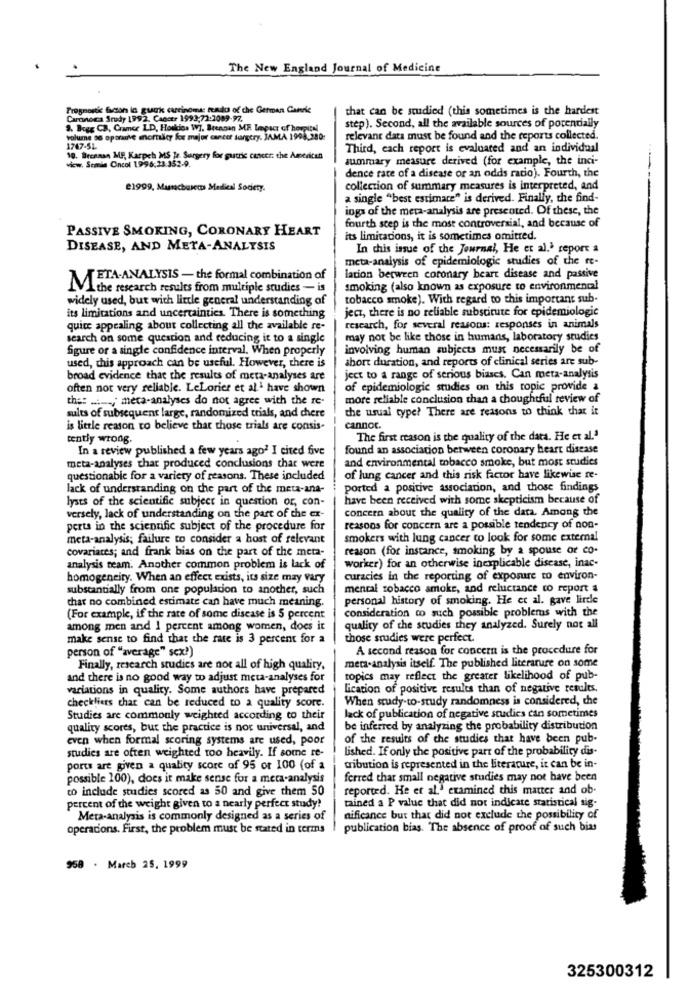
The New England Journal of Medicine
Prognostic facton lc guck carcinoma tailu of the German Canere
that can be studied (this sometimes is the hardest
Caronoca Study 1992. Cancer 1993;72:3089-97.
9. Bigg CB, Cramer LD, Hoskins W]. Brennan ME. Impact of hospital
step). Second, all the available sources of porendally
volume se optranve mortalcy los mejor cancer surgery. JAMA 1994.280-
relevant data must be found and the reports collected.
1767-52
Third, cach report is evaluated and an individual
10. Brennan MP, Karpch MS ]r. Surgery for gutric cancer: the American
summary measure derived (for example, the inci-
-
view. Semin Oncol 1996:23:352.9.
dence rate of a discate or an odds ratio). Fourth, the
21999, Massachusetts Medical Society.
collection of summary measures is interpreted, and
a single "best estimate" is derived. Finally, the find-
ings of the meta-analysis are presented. Of these, the
fourth step is the most controversial, and because of
PASSIVE SMOKING, CORONARY HEART
its limitations, it is sometimes omitted.
DISEASE, AND META-ANALYSIS
In this issue of the Journal, He et al.' report a
meta-analysis of epidemiologic studies of the re-
META-ANALYSIS - the formal combination of
lation between coronary heart disease and passive
VI the research results from multiple studies - is
smoking (also known as exposure to environmental
widely used, but with little general understanding of
tobacco smoke). With regard to this important sub-
its limitations and uncertainties. There is something
ject, there is no reliable substitute for epidemiologic
quite appealing about collecting all the available re-
research, for several reasons: responses in animals
search on some question and reducing it to a single
may not be like those in humans, laboratory studies
figure or a single confidence interval. When properly
involving human subjects must necessarily be of
used, this approach can be useful. However, there is
short duration, and reports of clinical series are sub-
broad evidence that the results of meta-analyses are
ject to a range of serious biases. Can meta-analysis
often not very reliable. LeLorier et al. have shown
of epidemiologic studies on this topic provide a
the: ..... meca-analyses do not agree with the re-
more reliable conclusion than a thoughtful review of
sults of subsequent large, randomized trials, and chere
the usual type? There are reasons to think that it
is little reason to believe that those trials are consis-
cannot.
tently wrong.
The first reason is the quality of the data. He et al.ª
In a review published a few years ago? I cited five
found an association between coronary heart disease
and environmental tobacco smoke, but most studies
meta-analyses char produced conclusions that were
questionable for a variety of reasons. These included
of lung cancer and this risk factor have likewise re-
lack of understanding on the part of the meta-ana-
ported a positive association, and those findings
lysts of the scientific subject in question or, con-
have been received with some skepticism because of
concern about the quality of the data. Among the
versely, lack of understanding on the part of the ex-
perts in the scientific subject of the procedure for
reasons for concern are a possible tendency of non-
meta-analysis; failure to consider a host of relevant
smokers with lung cancer to look for some external
covariates; and frank bias on the part of the meta-
reason (for instance, smoking by a spouse of co.
analysis team. Another common problem is lack of
worker) for an otherwise inexplicable disease, inac-
homogeneity. When an effect exists, its size may vary
curacies in the reporting of exposure to environ-
substantially from one population to another, such
mental tobacco smoke, and reluctance to report a
chat no combined estimate can have much meaning.
personal history of smoking. He et al. gave lirde
consideration co such possible problems with the
(For example, if the rate of some disease is 5 percent
among men and 1 percent among women, does it
quality of the studies they analyzed. Surely not all
make sense to find that the rate is 3 percent for a
those studies were perfect.
A second reason for concern is the procedure for
person of "average" scx!)
meta-analysis itself. The published literature on some
Finally, research studies are not all of high quality,
and there is no good way to adjust meta-analyses for
topics may reflect the greater likelihood of pub-
variations in quality. Some authors have prepared
Lication of positive results than of negative results.
When study-to-study randomness is considered, the
checkfiers that can be reduced to a quality score.
Studies are commonly weighted according to their
lack of publication of negative studies can sometimes
quality scores, but the practice is not universal, and
be inferred by analyzing the probability distribution
even when formal scoring systems are used, poor
of the results of che studies that have been pub-
studies are often weighted too heavily. If some re-
lished. If only the positive part of the probability dis-
ports are given a quality score of 95 or 100 (of a
cibution is represented in the literature, it can be in-
possible 100), does it make sense for a meta-analysis
ferred thar small negative studies may not have been
to include studies scored as 50 and give them 50
reported. He et al.' examined this matter and ob-
percent of the weight given to a nearly perfect study!
tained a P value that did not indicate statistical sig-
Meta-analysis is commonly designed as a series of
nificance but that did not exclude the possibility of
operacions. First, the problem must be stated in terms
publication bias. The absence of proof of such bias
958 . March 25. 1999
325300312